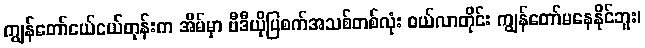
ကျွန်တော်ငယ်ငယ်တုန်းက အိမ်မှာ ဗီဒီယိုပြစက်အသစ်တစ်လုံး ဝယ်လာတိုင်း ကျွန်တော်မနေနိုင်ဘူး၊